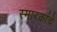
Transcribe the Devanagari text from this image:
स्‍मारकांचे